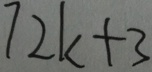
7 2 k + 3